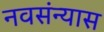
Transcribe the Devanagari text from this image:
नवसंन्यास